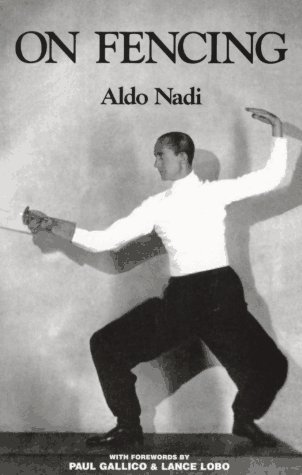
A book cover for On Fencing; Aldo Nadi; Sports & Outdoors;